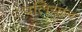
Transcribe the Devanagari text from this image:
पलियान